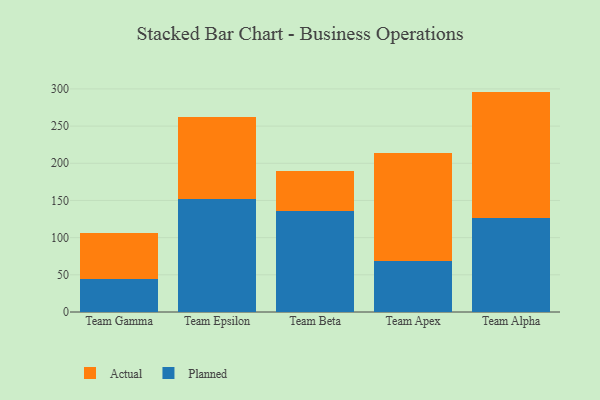
{"axis": {"x": "Team", "y": "Net Income (USD K)"}, "legend": ["Actual", "Planned"], "data": [{"x": "Team Gamma", "y": 43.8, "type": "Planned"}, {"x": "Team Gamma", "y": 62.9, "type": "Actual"}, {"x": "Team Epsilon", "y": 151.7, "type": "Planned"}, {"x": "Team Epsilon", "y": 110.8, "type": "Actual"}, {"x": "Team Beta", "y": 135.4, "type": "Planned"}, {"x": "Team Beta", "y": 54.1, "type": "Actual"}, {"x": "Team Apex", "y": 68.0, "type": "Planned"}, {"x": "Team Apex", "y": 146.5, "type": "Actual"}, {"x": "Team Alpha", "y": 126.0, "type": "Planned"}, {"x": "Team Alpha", "y": 170.4, "type": "Actual"}]}